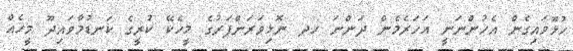
ހުޅޫވައިގެން އެހުންނަނީ އަހަރެމެން ދަންނަ ހދ ނޮޅިވަރަންފަރުގެ މީހެކޭ ކުރީގެ ކަނޑުމާވައިދޫ މީހެއް